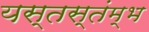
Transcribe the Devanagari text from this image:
यस्तस्तंम्भ